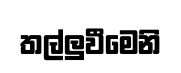
තල්ලුවීමෙනි